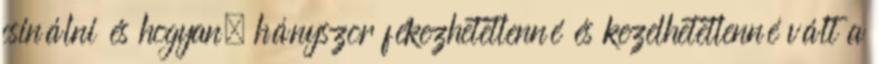
csinálni és hogyan, hányszor fékezhetetlenné és kezelhetetlenné vált a